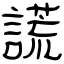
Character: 謊